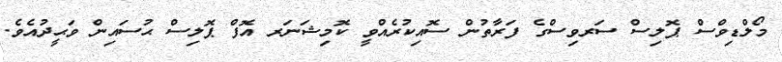
މޯލްޑިވްސް ޕޮލިސް ސަރވިސްގެ ފަރާތުން ސޮއިކުރެއްވީ ކޮމިޝަނަރ އޮފް ޕޮލިސް ޙުސައިން ވަޙީދުއެވެ.